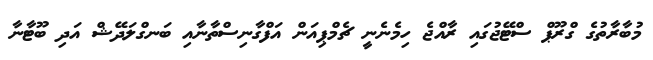
މުބާރާތުގެ ގްރޫޕް ސްޓޭޖުގައި ރާއްޖެ ހިމެނެނީ ޗެމްޕިއަން އަފްގާނިސްތާނާއި ބަނގްލަދޭޝް އަދި ބޫޓާނާ